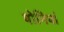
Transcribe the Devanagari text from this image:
योनियां